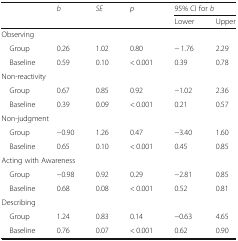
<table><thead><tr><td rowspan="2">[EMPTY_CELL]</td><td rowspan="2"><b><i>b</i></b></td><td rowspan="2"><b><i>SE</i></b></td><td rowspan="2"><b><i>p</i></b></td><td colspan="2"><b>95% CI for <i>b</i></b></td></tr><tr><td><b>Lower</b></td><td><b>Upper</b></td></tr></thead><tbody><tr><td colspan="6">Observing</td></tr><tr><td> Group</td><td>0.26</td><td>1.02</td><td>0.80</td><td>− 1.76</td><td>2.29</td></tr><tr><td> Baseline</td><td>0.59</td><td>0.10</td><td>&lt; 0.001</td><td>0.39</td><td>0.78</td></tr><tr><td colspan="6">Non-reactivity</td></tr><tr><td> Group</td><td>0.67</td><td>0.85</td><td>0.92</td><td>−1.02</td><td>2.36</td></tr><tr><td> Baseline</td><td>0.39</td><td>0.09</td><td>&lt; 0.001</td><td>0.21</td><td>0.57</td></tr><tr><td colspan="6">Non-judgment</td></tr><tr><td> Group</td><td>−0.90</td><td>1.26</td><td>0.47</td><td>−3.40</td><td>1.60</td></tr><tr><td> Baseline</td><td>0.65</td><td>0.10</td><td>&lt; 0.001</td><td>0.45</td><td>0.85</td></tr><tr><td colspan="6">Acting with Awareness</td></tr><tr><td> Group</td><td>−0.98</td><td>0.92</td><td>0.29</td><td>−2.81</td><td>0.85</td></tr><tr><td> Baseline</td><td>0.68</td><td>0.08</td><td>&lt; 0.001</td><td>0.52</td><td>0.81</td></tr><tr><td colspan="6">Describing</td></tr><tr><td> Group</td><td>1.24</td><td>0.83</td><td>0.14</td><td>−0.63</td><td>4.65</td></tr><tr><td> Baseline</td><td>0.76</td><td>0.07</td><td>&lt; 0.001</td><td>0.62</td><td>0.90</td></tr></tbody></table>